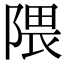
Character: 隈